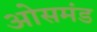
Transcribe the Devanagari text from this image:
ओसमंड